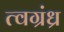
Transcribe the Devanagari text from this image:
त्वग्रंध्र